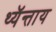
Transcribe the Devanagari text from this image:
थ्यॅन्ताय